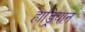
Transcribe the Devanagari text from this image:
हाड्रियान